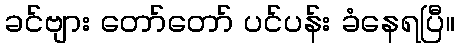
ခင်ဗျား တော်တော် ပင်ပန်း ခံနေရပြီ။